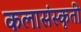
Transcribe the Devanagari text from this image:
कलासंस्कृती